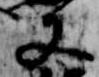
又